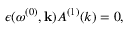
\epsilon ( \omega ^ { ( 0 ) } , { \bf k } ) A ^ { ( 1 ) } ( k ) = 0 ,